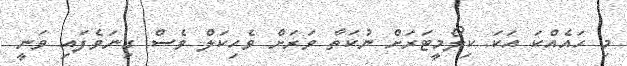
މި ހައެއްކަ އަކަ ކިލޯމީޓަރަށް ނުކަތާ ވަރަށް ވެހިކަލް ވެސް ގިނަވެފައި ވަނީ